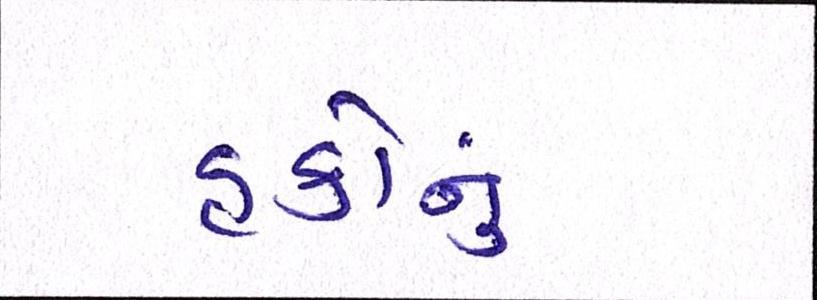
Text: હકોનું